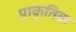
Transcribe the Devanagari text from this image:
प्राकृतिक